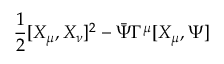
\frac { 1 } { 2 } [ X _ { \mu } , X _ { \nu } ] ^ { 2 } - \bar { \Psi } \Gamma ^ { \mu } [ X _ { \mu } , \Psi ]